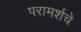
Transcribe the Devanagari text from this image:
परामर्शचे